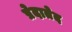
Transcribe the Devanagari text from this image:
प्रेदातेद